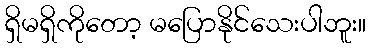
ရှိမရှိကိုတော့ မပြောနိုင်သေးပါဘူး။